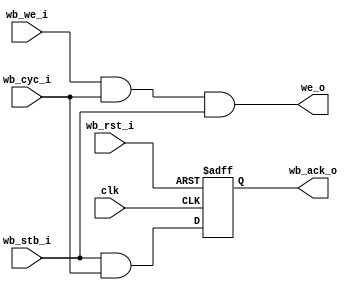
module uart_wb (clk,
        wb_rst_i, 
	wb_we_i, wb_stb_i, wb_cyc_i, wb_ack_o,
	we_o // Write enable output for the core
	
        );

input				clk;

// WISHBONE interface	
input				wb_rst_i;
input				wb_we_i;
input				wb_stb_i;
input				wb_cyc_i;
output				wb_ack_o;
output				we_o;

wire				we_o;
reg				wb_ack_o;

always @(posedge clk or posedge wb_rst_i)
begin
	if (wb_rst_i)
	begin
		wb_ack_o <= #1 1'b0;
	end
	else
	begin
		wb_ack_o <= #1 wb_stb_i & wb_cyc_i; // 1 clock wait state on all transfers
	end
end

assign we_o = wb_we_i & wb_cyc_i & wb_stb_i; //WE for registers	

endmodule